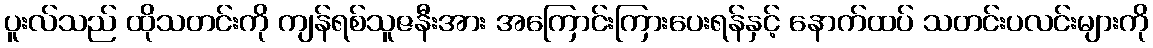
ပူးလ်သည် ထိုသတင်းကို ကျန်ရစ်သူဇနီးအား အကြောင်းကြားပေးရန်နှင့် နောက်ထပ် သတင်းပလင်းများကို